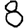
Digit: 8